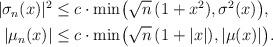
LaTeX: \begin{align*}\begin{aligned}|\sigma_n(x)|^2 & \le c\cdot\min\bigl(\sqrt{n}\,(1+x^2),\sigma^2(x)\bigr),\\|\mu_n(x)| & \le c\cdot\min\bigl(\sqrt{n}\,(1+|x|),|\mu(x)|\bigr).\end{aligned}\end{align*}